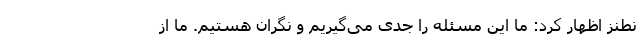
نطنز اظهار کرد: ما این مسئله را جدی می‌گیریم و نگران هستیم. ما از